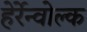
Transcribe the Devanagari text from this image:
हेर्रेन्वोल्क